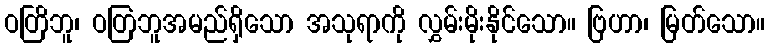
ဝတြိဘူ၊ ဝတြဘူအမည်ရှိသော အသုရာကို လွှမ်းမိုးနိုင်သော။ ဗြဟာ၊ မြတ်သော။